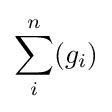
\sum _{i}^{n}(g_{i})